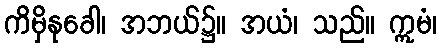
ကိမှိနုခေါ၊ အဘယ်၌။ အယံ၊ သည်။ ဣမံ၊